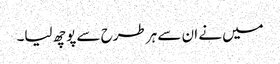
میں نے ان سے ہر طرح سے پوچھ لیا۔